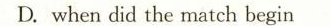
D.whendid the match begin